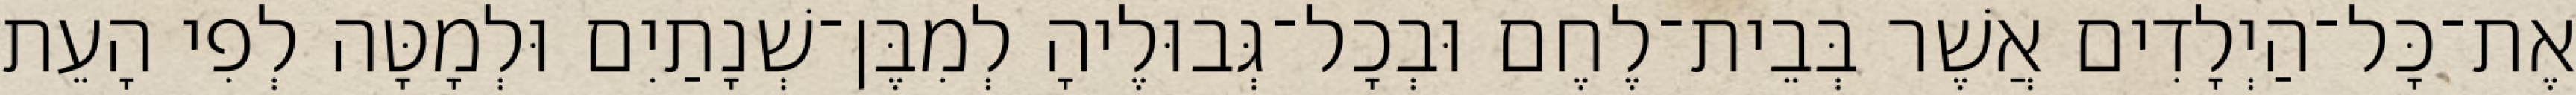
אֶת־כָּל־הַיְלָדִים אֲשֶׁר בְּבֵית־לֶחֶם וּבְכָל־גְּבוּלֶיהָ לְמִבֶּן־שְׁנָתַיִם וּלְמָטָּה לְפִי הָעֵת